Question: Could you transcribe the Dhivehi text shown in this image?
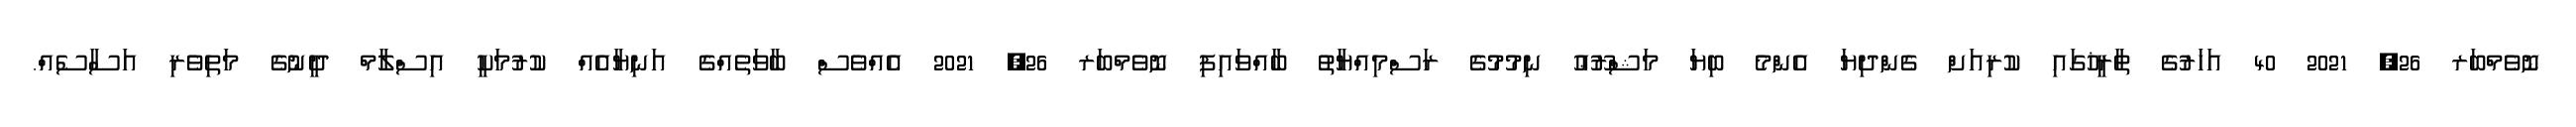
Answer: ނޮވެމްބަރ 26, 2021 40 އަހަރުގެ ތާރީޚުގައި ކުރިއަށް ގެންދިޔަ އެންމެ ބިޔަ މަޝްރޫޢު ނިމުމުގެ ރަސްމިއްޔާތު ބާއްވައިފި ނޮވެމްބަރ 26, 2021 އެއްވެސް ބާވަތެއްގެ އަނިޔާއެއް ކުރުމަކީ އިސްލާމް ދީނުގެ މަތިވެރި އަސާސެއް.